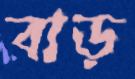
বাড়